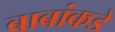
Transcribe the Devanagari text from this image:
बाबांकडे